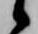
候